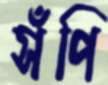
সঁপি